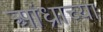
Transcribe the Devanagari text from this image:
आंध्राच्या